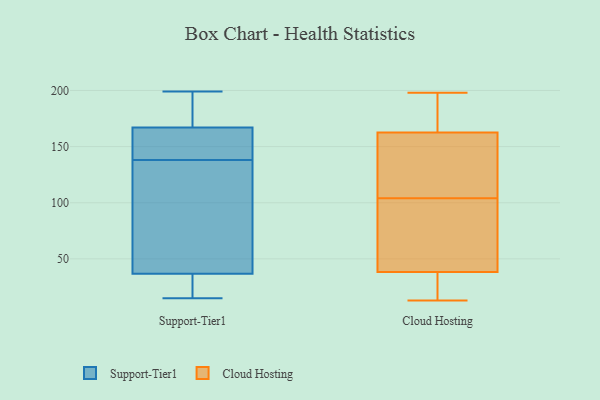
{"axis": {"x": "Website Visitors", "y": "Value"}, "legend": ["Cloud Hosting", "Support-Tier1"], "data": [{"x": "", "y": 81, "type": "Support-Tier1"}, {"x": "", "y": 143, "type": "Support-Tier1"}, {"x": "", "y": 199, "type": "Support-Tier1"}, {"x": "", "y": 30, "type": "Support-Tier1"}, {"x": "", "y": 41, "type": "Support-Tier1"}, {"x": "", "y": 176, "type": "Support-Tier1"}, {"x": "", "y": 138, "type": "Support-Tier1"}, {"x": "", "y": 39, "type": "Support-Tier1"}, {"x": "", "y": 184, "type": "Support-Tier1"}, {"x": "", "y": 164, "type": "Support-Tier1"}, {"x": "", "y": 15, "type": "Support-Tier1"}, {"x": "", "y": 153, "type": "Support-Tier1"}, {"x": "", "y": 25, "type": "Support-Tier1"}, {"x": "", "y": 140, "type": "Cloud Hosting"}, {"x": "", "y": 179, "type": "Cloud Hosting"}, {"x": "", "y": 198, "type": "Cloud Hosting"}, {"x": "", "y": 36, "type": "Cloud Hosting"}, {"x": "", "y": 55, "type": "Cloud Hosting"}, {"x": "", "y": 39, "type": "Cloud Hosting"}, {"x": "", "y": 157, "type": "Cloud Hosting"}, {"x": "", "y": 188, "type": "Cloud Hosting"}, {"x": "", "y": 196, "type": "Cloud Hosting"}, {"x": "", "y": 13, "type": "Cloud Hosting"}, {"x": "", "y": 15, "type": "Cloud Hosting"}, {"x": "", "y": 58, "type": "Cloud Hosting"}, {"x": "", "y": 24, "type": "Cloud Hosting"}, {"x": "", "y": 126, "type": "Cloud Hosting"}, {"x": "", "y": 84, "type": "Cloud Hosting"}, {"x": "", "y": 136, "type": "Cloud Hosting"}, {"x": "", "y": 104, "type": "Cloud Hosting"}]}